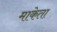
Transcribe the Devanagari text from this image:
माकेता